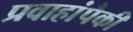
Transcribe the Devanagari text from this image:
प्रवाहांपैकी